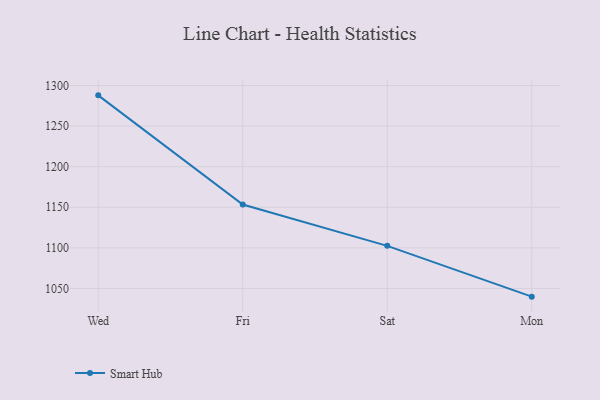
{"axis": {"x": "Day", "y": "Waste Production (Tons)"}, "legend": ["Smart Hub"], "data": [{"x": "Wed", "y": 1287.9, "type": "Smart Hub"}, {"x": "Fri", "y": 1153.4, "type": "Smart Hub"}, {"x": "Sat", "y": 1102.5, "type": "Smart Hub"}, {"x": "Mon", "y": 1039.9, "type": "Smart Hub"}]}